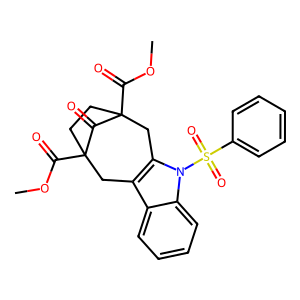
SMILES: COC(=O)C12CCC(C(=O)OC)(Cc3c(c4ccccc4n3S(=O)(=O)c3ccccc3)C1)C2=O
Inhibits HIV replication: No